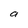
Character: a